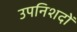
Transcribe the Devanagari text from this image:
उपनिशदों